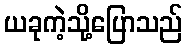
ယခုကဲ့သို့ပြောသည်